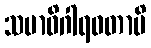
သမာဓိဂါရဝတာပိ